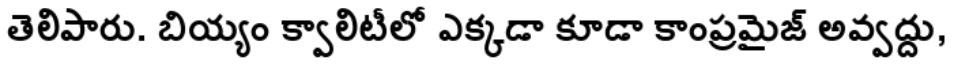
తెలిపారు. బియ్యం క్వాలిటీలో ఎక్కడా కూడా కాంప్రమైజ్ అవ్వద్దు,